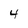
Character: 4